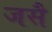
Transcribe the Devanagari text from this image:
जसै